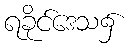
ရခိုင်ဒေသ၌